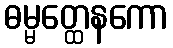
ဓမ္မတ္ထေနကော